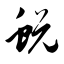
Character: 蜕